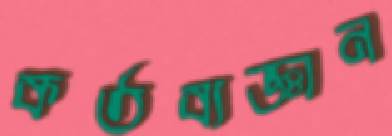
কর্তব্যজ্ঞান